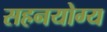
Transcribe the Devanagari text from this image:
सहनयोग्य